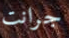
جرانت